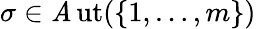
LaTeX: \sigma\in\operatorname{\mathit{A}ut}(\{ 1,\dots,m\} )